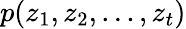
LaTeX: p(z_{1},z_{2},...,z_{t})